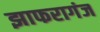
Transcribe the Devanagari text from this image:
झाफरागंज